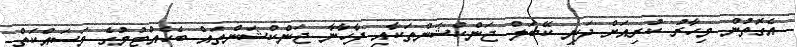
އެގޮތުން މިހާރު ކުރިއަށް ދަނީ ކޭބަލް ޖަންކްޝަންތަކާއި ފާހާނާ ޖަންކްޝަންތައް ބެހެއްޓުމުގެ މަސައްކަތް